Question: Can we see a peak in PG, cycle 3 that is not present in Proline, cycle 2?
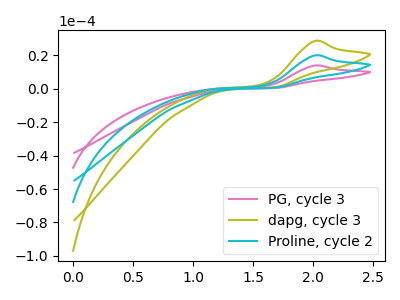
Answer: <think>The pink curve "PG, cycle 3" has an anodic peak at: (2.00V, 14.00uA). The olive curve "dapg, cycle 3" has an anodic peak at: (2.00V, 40.05uA). The cyan curve "Proline, cycle 2" has an anodic peak at: (2.00V, 20.05uA).
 All the peaks in "PG, cycle 3" have a peak in "Proline, cycle 2" at the same potential. Every peak in "PG, cycle 3" is lower than every peak in "Proline, cycle 2".</think>
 <answer>No, "PG, cycle 3" and "Proline, cycle 2" don't appear to be significantly different in shape</answer>
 <eval>no_change</eval>